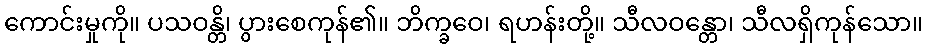
ကောင်းမှုကို။ ပသဝန္တိ၊ ပွားစေကုန်၏။ ဘိက္ခဝေ၊ ရဟန်းတို့။ သီလဝန္တော၊ သီလရှိကုန်သော။